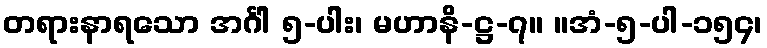
တရားနာရသော အင်္ဂါ ၅-ပါး၊ မဟာနိ-ဋ္ဌ-၇။ ။အံ-၅-ပါ-၁၅၄၊